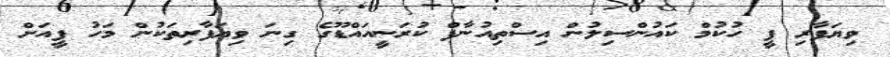
ވިޔަފާރި ފީ ހުކުމް ކައުންސިލުން އިސްތިއުނާފް ކުރަނީއައްޑޫގެ ގިނަ ވިޔަފާރިތަކުން މަހު ފީއަށް